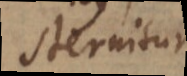
sternitur